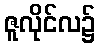
ဇူလိုင်လ၌